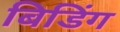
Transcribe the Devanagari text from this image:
बिडिंग